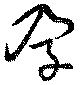
孕